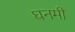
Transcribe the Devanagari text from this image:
घनमी